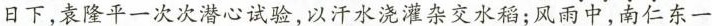
日下，袁隆平一次次潜心试验，以汗水浇灌杂交水稻；风雨中，南仁东一